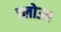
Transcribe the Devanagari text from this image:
च्लोउघ